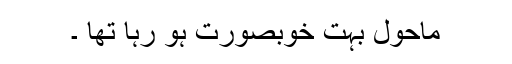
ماحول بہت خوبصورت ہو رہا تھا ۔